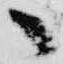
候